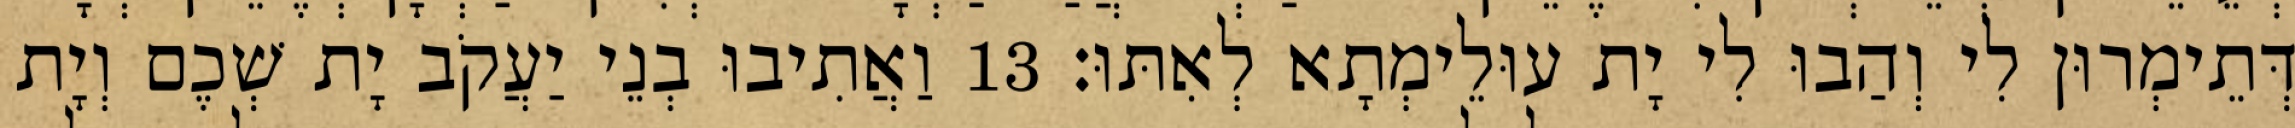
דְּתֵימְרוּן לִי וְהַבוּ לִי יָת עוּלֵימְתָא לְאִתּוּ׃ 13 וַאֲתִיבוּ בְנֵי יַעֲקֹב יָת שְׁכֶם וְיָת